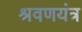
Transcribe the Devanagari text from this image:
श्रवणयंत्र